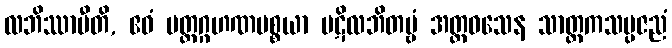
လဘိဿာမီတိ, ဧဝံ ပတ္တဂ္ဂဟဏပစ္စယာ ပဋိလဘိတဗ္ဗံ အတ္ထဝသေန သာတ္ထကသမ္ပဇညံ